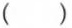
（）